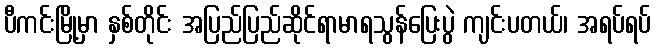
ပီကင်းမြို့မှာ နှစ်တိုင်း အပြည်ပြည်ဆိုင်ရာမာရသွန်ပြေးပွဲ ကျင်းပတယ်၊ အရပ်ရပ်